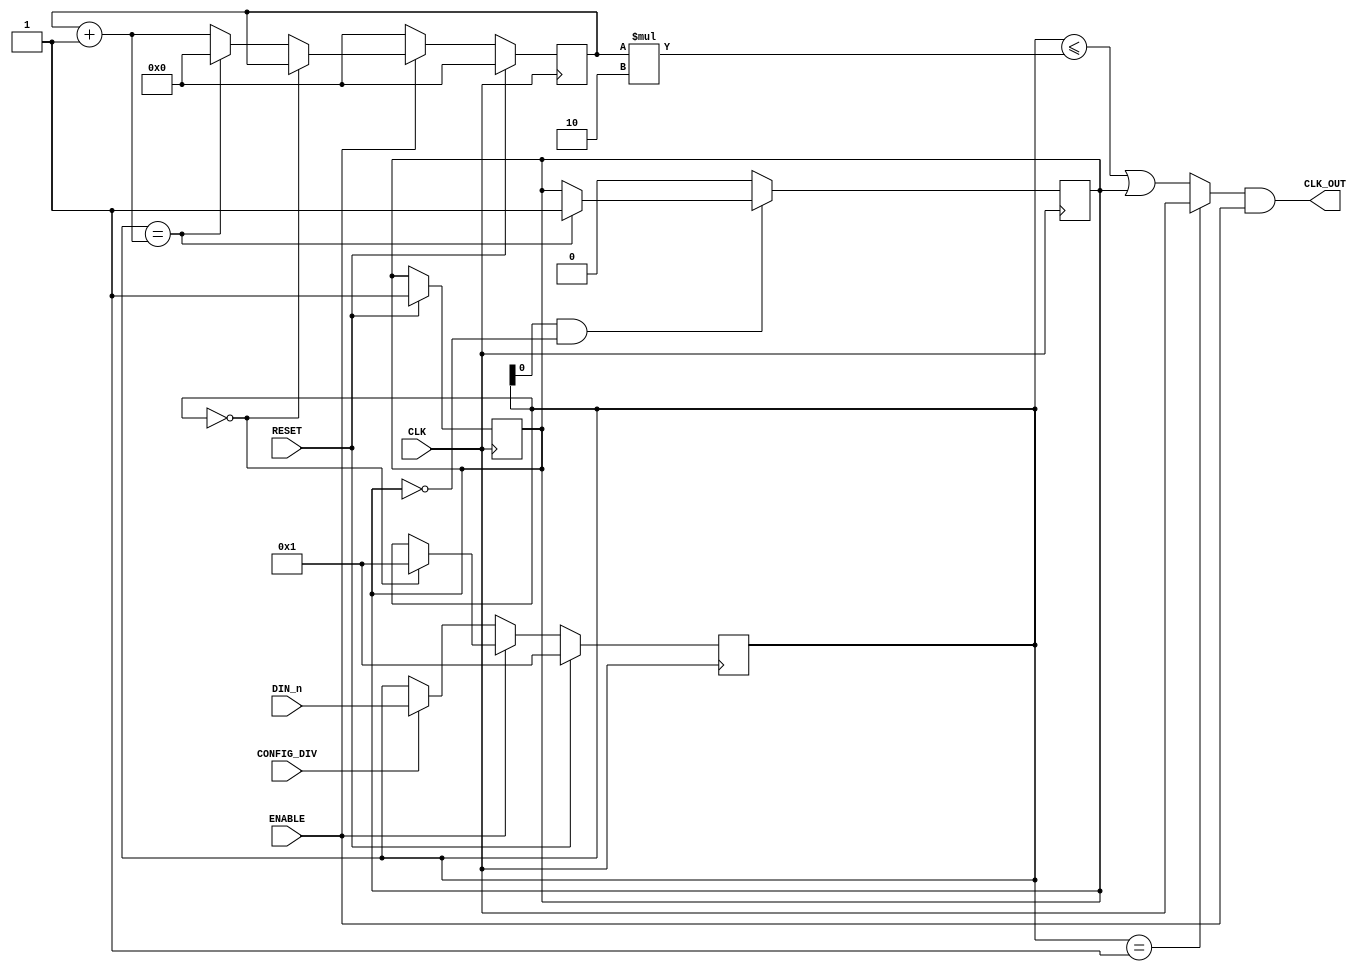
module DIV_frecventa(   input [31:0]DIN_n,
                        input CONFIG_DIV,
                        input RESET,
                        input CLK,
                        input ENABLE,
                        output CLK_OUT);
    reg [31:0] conf;
    reg [31:0] counter;
    wire even;
    reg odd;
    assign even = (conf <= counter * 2);
    assign CLK_OUT = ((conf == 1) ? (CLK) : (even || odd)) && ENABLE;
    always @(posedge CLK)
    begin
        if(RESET)
        begin
            odd <= 1;
            conf <= 32'b1;
            counter <= 32'b0;
        end
        else
        begin
            if(!ENABLE)
            begin
                counter <= 0;

                if(CONFIG_DIV)
                begin
                    conf <= DIN_n;
                    counter <= 0;
                end
            end
            else
            begin
                if(conf == 0) //just in case
                    conf <= 32'b1;
                else
                begin
                    if(conf == counter + 1)
                        counter <= 32'b0;
                    else
                        counter <= counter + 1;
                end                
            end
        end
    end

    always @(negedge CLK) begin
        if(conf[0] && !odd)
        begin
            if(conf == counter + 1)
            begin
                odd <= 1;
            end
        end
        else
            odd <= 0;
    end
endmodule

module tester();
    reg [31:0]DIN_n;
    reg CONFIG_DIV;
    reg RESET;
    wire CLK;
    reg ENABLE;
    wire CLK_OUT;
    Clock clk(CLK);
    DIV_frecventa divf(DIN_n, CONFIG_DIV, RESET, CLK, ENABLE, CLK_OUT);

    initial
    begin
        $dumpfile("div.vcd");
        $dumpvars(0,DIN_n,CONFIG_DIV,RESET,CLK,ENABLE,CLK_OUT);
        RESET = 1;
        ENABLE = 1;

#10     RESET = 0;

#20     ENABLE = 0;
        CONFIG_DIV = 1;
        DIN_n = 3;

#10     ENABLE = 1;

#120    ENABLE = 0;

#50     ENABLE = 1;

#200    $finish();
    end
endmodule

module Clock(output c);
    reg value;
    assign c = value;

    initial
        value = 0;

    always
    #5 value = ~value;
endmodule